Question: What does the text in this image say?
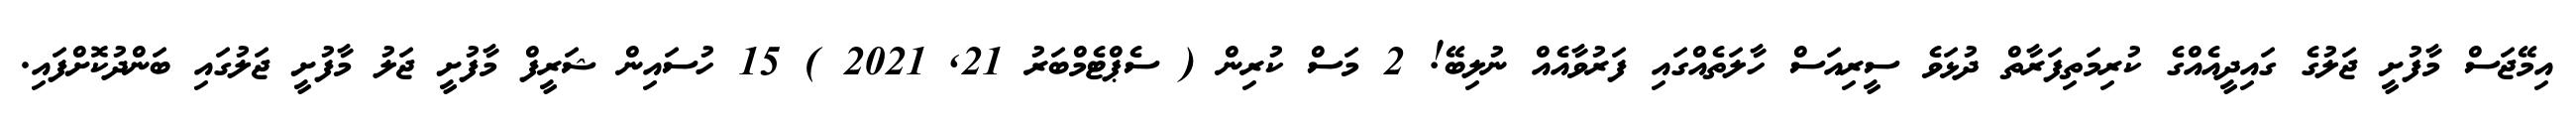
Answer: އިމޭޖަސް މާފުށީ ޖަލުގެ ގައިދީއެއްގެ ކުރިމަތިފަރާތް ދުޅަވެ ސީރިއަސް ހާލަތެއްގައި ފަރުވާއެއް ނުލިބޭ! 2 މަސް ކުރިން ( ސެޕްޓެމްބަރު 21, 2021 ) 15 ހުސައިން ޝަރީފް މާފުށީ ޖަލު މާފުށީ ޖަލުގައި ބަންދުކޮށްފައި.